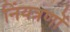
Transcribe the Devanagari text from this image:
निंयत्रणों